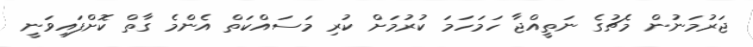
ޖަރުމަނުން މެޗުގެ ނަތީއްޖާ ހަމަހަމަ ކުރުމަށް ކުރި މަސައްކަތް އެންމެ ގާތް ކޮށްފައިވަނީ